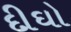
દીઘો